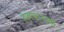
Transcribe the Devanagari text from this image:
हलफनामों